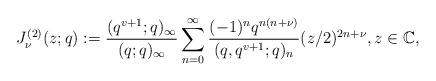
LaTeX: \begin{align*} J_{\nu}^{(2)}(z;q):= \frac{(q^{v+1};q)_\infty}{(q;q)_\infty} \sum_{n=0}^{\infty} \dfrac{(-1)^n q^{n(n+\nu)} }{(q,q^{v+1};q)_n} (z/2)^{2n+\nu},z\in \mathbb C,\end{align*}